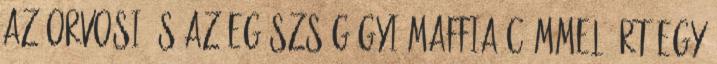
Az orvosi és az egészségügyi Maffia címmel írt egy